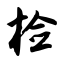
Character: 检